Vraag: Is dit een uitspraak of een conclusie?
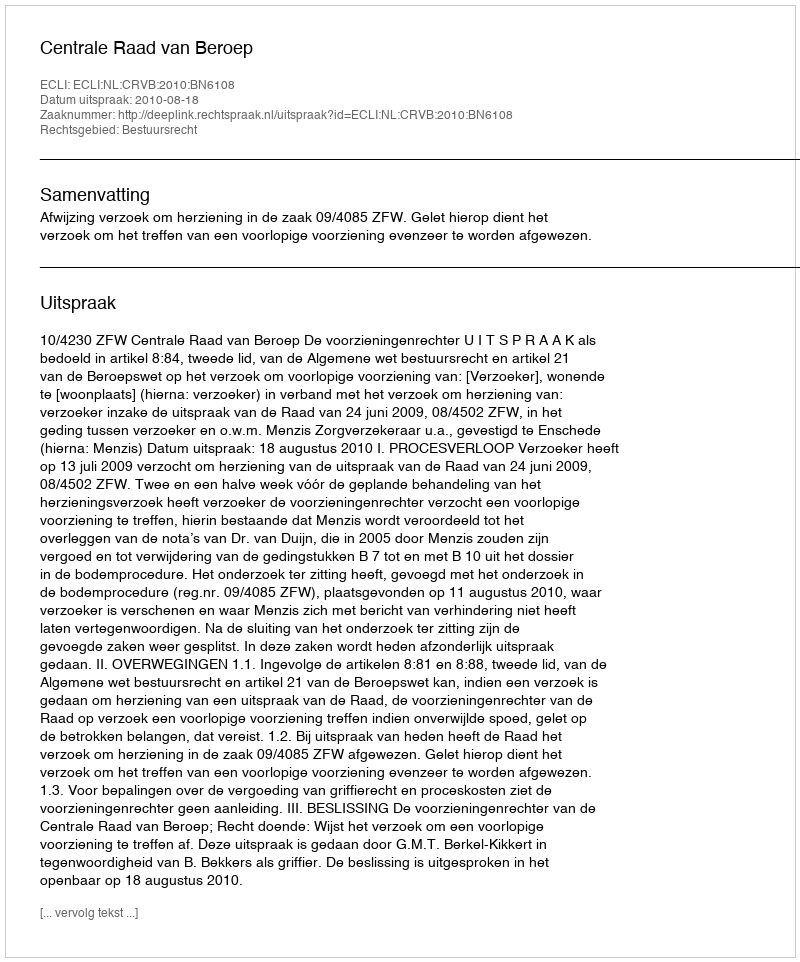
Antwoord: Uitspraak